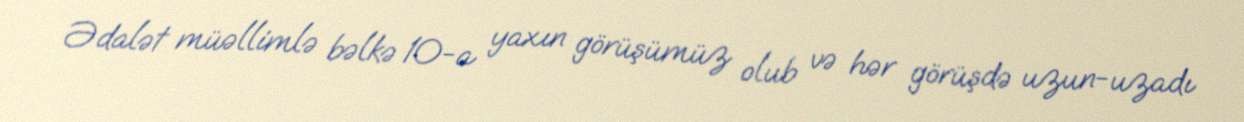
Ədalət müəllimlə bəlkə 10-a yaxın görüşümüz olub və hər görüşdə uzun-uzadı